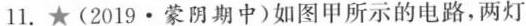
l1.★(2019·蒙阴期中)如图甲所示的电路，两灯